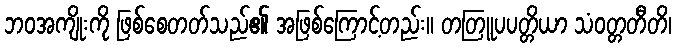
ဘဝအကျိုးကို ဖြစ်စေတတ်သည်၏ အဖြစ်ကြောင့်တည်း။ တတြူပပတ္တိယာ သံဝတ္တတီတိ၊